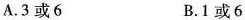
A.3或6 B.1或6